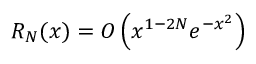
R _ { N } ( x ) = O \left( x ^ { 1 - 2 N } e ^ { - x ^ { 2 } } \right)